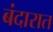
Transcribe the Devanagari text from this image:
बंदारात